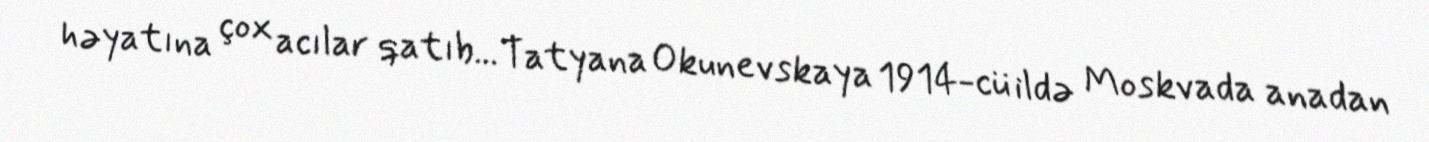
həyatına çox acılar qatıb... Tatyana Okunevskaya 1914-cü ildə Moskvada anadan